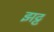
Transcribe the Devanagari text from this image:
झट्ट